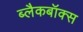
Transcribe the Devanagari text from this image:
ब्लैकबॉक्स